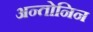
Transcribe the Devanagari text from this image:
अन्तोनिन